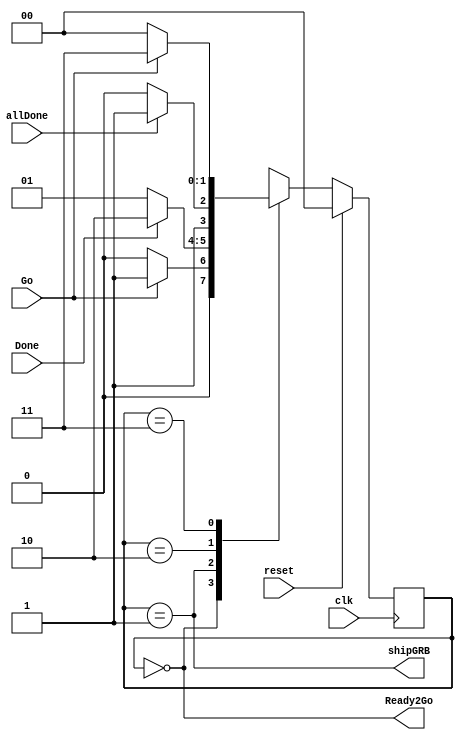
// SSStateMachine.v
// Allows user to reset system with SW0 or say "Go" with center button
//   as defined in xdc file
// Input Done comes from GRBStateMachine when it's sent all the bits
//   but not RESET yet 
// Input allDone comes from GRBStateMachine when it's sent the RESET code
// Incorporates debouncing delay for the button
// Output shipGRB tells GRBStateMachine to keep sending data bits 
// Updated to support new WS2812B reset code of > 280 us

module SSStateMachine(shipGRB,Done,Go,clk,reset,allDone,Ready2Go);
	output	shipGRB, Ready2Go;
	input	allDone, Done, Go;
	input	clk, reset;

	reg [1:0]	S, nS;
	parameter	SWAIT=2'b00, SSHIP=2'b01, SRET=2'b10, SDBOUNCE=2'b11;

	always @(posedge clk)
		if(reset)
			S <= SWAIT;
		else
			S <= nS;

	always @(S, Go, Done, allDone)
		case(S)
			SWAIT: 		nS = Go      ? SSHIP    : SWAIT;
			SSHIP:		nS = Done    ? SRET     : SSHIP;
      SRET:		  nS = allDone ? SDBOUNCE : SRET;
			SDBOUNCE:	nS = Go      ? SDBOUNCE : SWAIT;
			default:	nS = SWAIT;
		endcase

  assign Ready2Go = (S==SWAIT);  // okay to press Go
	assign shipGRB  = (S==SSHIP);  // send data bits
endmodule